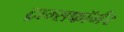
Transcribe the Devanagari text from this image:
ट्राम्सफॉर्मर